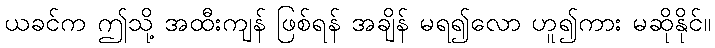
ယခင်က ဤသို့ အထီးကျန် ဖြစ်ရန် အချိန် မရ၍လော ဟူ၍ကား မဆိုနိုင်။